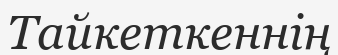
Тайкеткеннің